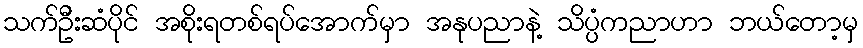
သက်ဦးဆံပိုင် အစိုးရတစ်ရပ်အောက်မှာ အနုပညာနဲ့ သိပ္ပံကညာဟာ ဘယ်တော့မှ